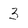
Character: 3